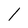
Character: I